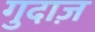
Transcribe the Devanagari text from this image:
गुदाज़